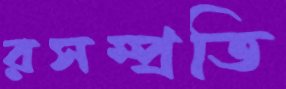
রসম্প্রতি